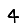
Digit: 4